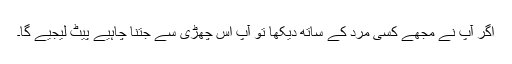
اگر آپ نے مجھے کسی مرد کے ساتھ دیکھا تو آپ اس چھڑی سے جتنا چاہیے پیٹ لیجیے گا۔